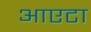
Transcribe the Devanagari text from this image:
आएटा